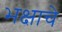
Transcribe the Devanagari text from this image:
भक्षाचे